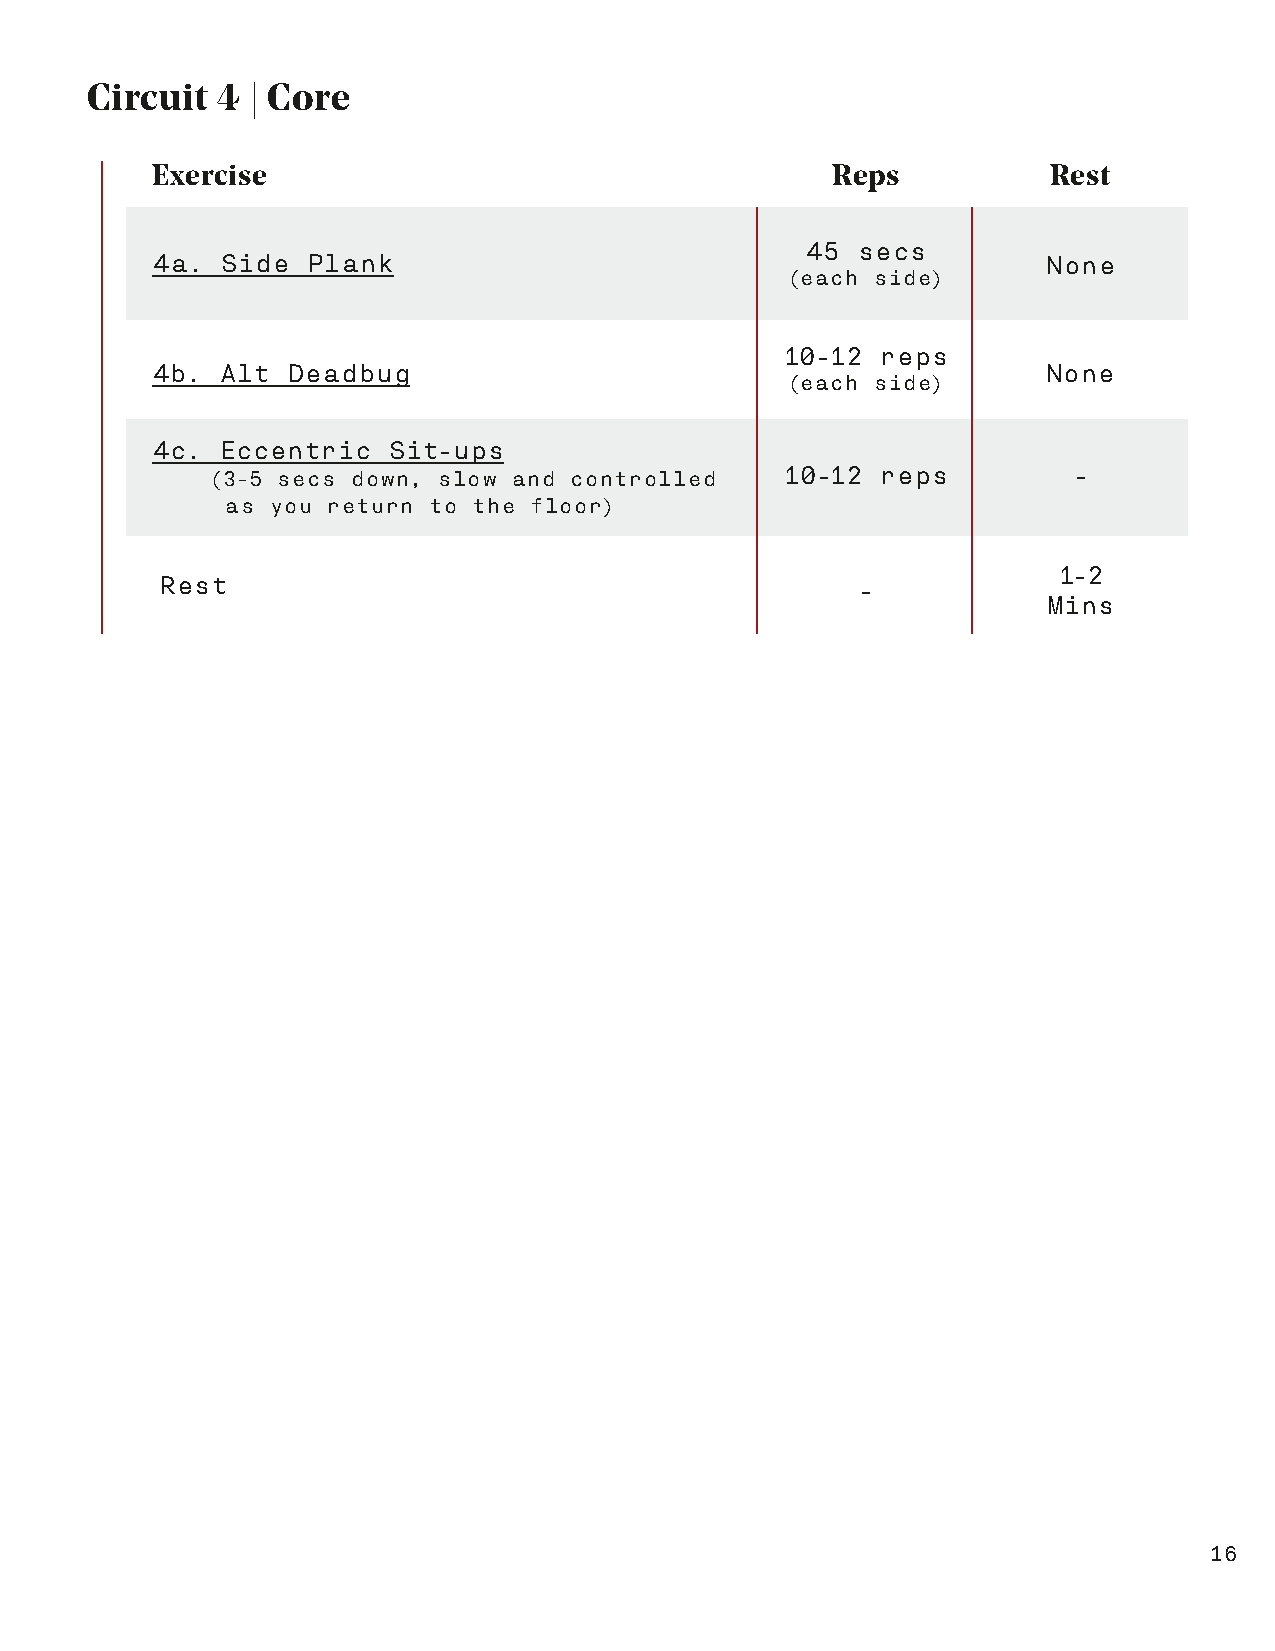
Circuit 4  | Core
 Exercise                                     Reps           Rest
 45  secs
 4a.  Side Plank                                            None
 (each side)
 10-12 reps
 4b. Alt  Deadbug                                           None
 (each side)
 4c.  Eccentric  Sit-ups
 (3-5 secs down, slow and controlled   10-12 reps         -
 as you return to the floor)
 1-2
 Rest                                          -
 Mins
 16